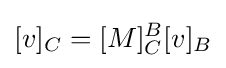
\lbrack v\rbrack _{C}=\lbrack M\rbrack _{C}^{B}\lbrack v\rbrack _{B}